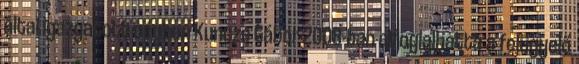
által igazgatott cégben Kuncze Gábor 2008-ban elfoglalhatta a felügyelő